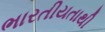
ભારતીયતાથી